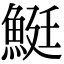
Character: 䱓